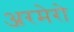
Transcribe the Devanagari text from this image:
अरमेरो